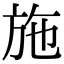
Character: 施